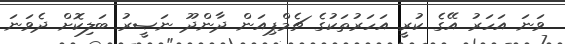
ވަނަ އަހަރު އޭގެ ކުރީ އަހަރުތަކުގެ ޗެމްޕިއަން ދާންދޫ ނަޞީރު ބަލިކޮށް ދެވަނަ